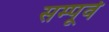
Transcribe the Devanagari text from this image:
सम्पूर्व